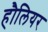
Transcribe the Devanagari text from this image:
हौलियर